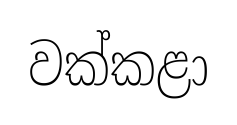
වක්කළා